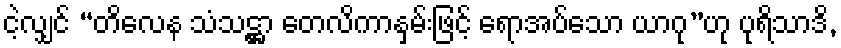
ငဲ့လျှင် “တိလေန သံသဋ္ဌာ တေလိကာနှမ်းဖြင့် ရောအပ်သော ယာဂု”ဟု ပုရိသာဒိ,